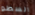
السطو